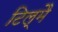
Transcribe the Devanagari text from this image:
टिल्मै